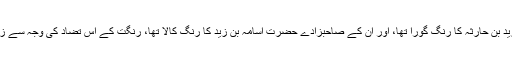
اس حدیث کی شرح میں حافظ ابن حجر عسقلانی لکھتے ہیں: حضرت زید بن حارثہ کا رنگ گورا تھا، اور اُن کے صاحبزادے حضرت اسامہ بن زید کا رنگ کالا تھا، رنگت کے اس تضاد کی وجہ سے زمانۂ جاہلیت میں بعض لوگوں نے اُن کے نسب کی صحت پر طعن کیا۔